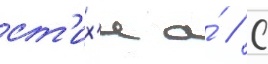
ст'их'и а́ // С